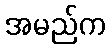
အမည်က